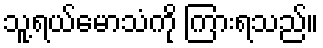
သူ့ရယ်မောသံကို ကြားရသည်။